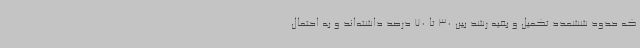
که حدود ششعدد تکمیل و بقیه رشد بین 30 تا 70 درصد داشته‌اند و به احتمال